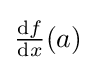
\textstyle {\frac {\mathrm {d} f}{\mathrm {d} x}}(a)